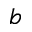
b